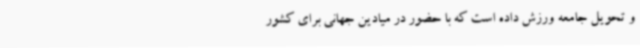
و تحویل جامعه ورزش داده است که با حضور در میادین جهانی برای کشور